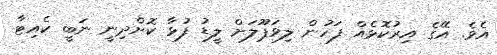
އެވެ. އޭގެ އިރުކޮޅެއް ފަހުން ލިވަޕޫލަށް ލީޑު ފުޅާ ކޮށްދިނީ ނަބީ ކެއިޓާ